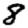
Digit: 8